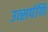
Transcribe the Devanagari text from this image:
उत्सर्पणि